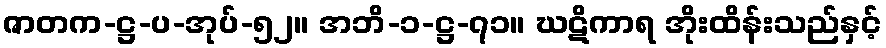
ဇာတက-ဋ္ဌ-ပ-အုပ်-၅၂။ အဘိ-၁-ဋ္ဌ-၇၁။ ဃဋိကာရ အိုးထိန်းသည်နှင့်